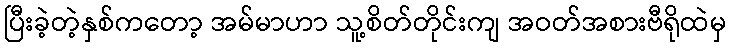
ပြီးခဲ့တဲ့နှစ်ကတော့ အမ်မာဟာ သူ့စိတ်တိုင်းကျ အဝတ်အစားဗီရိုထဲမှ